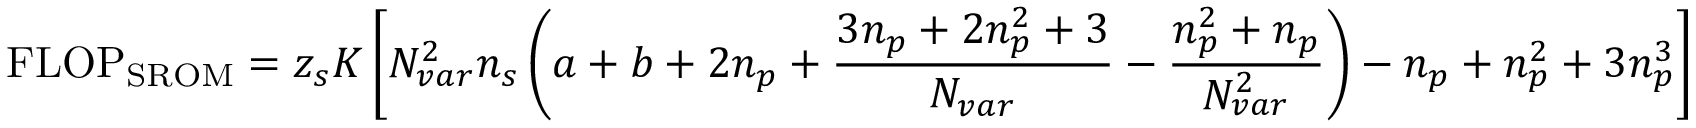
\mathrm { F L O P } _ { \mathrm { S R O M } } = z _ { s } K \left[ \ensuremath { N _ { v a r } } ^ { 2 } \ensuremath { n _ { s } } \left( a + b + 2 \ensuremath { n _ { p } } + \frac { 3 \ensuremath { n _ { p } } + 2 \ensuremath { n _ { p } } ^ { 2 } + 3 } { \ensuremath { N _ { v a r } } } - \frac { \ensuremath { n _ { p } } ^ { 2 } + \ensuremath { n _ { p } } } { \ensuremath { N _ { v a r } } ^ { 2 } } \right) - \ensuremath { n _ { p } } + \ensuremath { n _ { p } } ^ { 2 } + 3 \ensuremath { n _ { p } } ^ { 3 } \right]